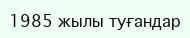
1985 жылы туғандар